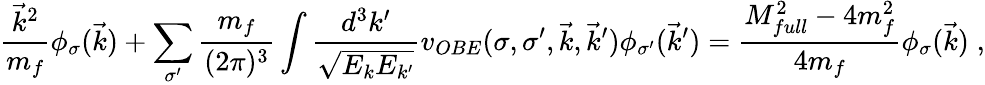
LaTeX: \frac{\vec{k}^{2}}{m_{f}}\phi_{\sigma}(\vec{k})+\sum_{\sigma^{\prime}}\frac{m_{f}}{(2\pi)^{3}}\int\frac{d^{3}k^{\prime}}{\sqrt{E_{k}E_{k^{\prime}}}}v_{OBE}(\sigma,\sigma^{\prime},\vec{k},\vec{k}^{\prime})\phi_{\sigma^{\prime}}(\vec{k}^{\prime})=\frac{M_{full}^{2}-4m_{f}^{2}}{4m_{f}}\phi_{\sigma}(\vec{k})\; ,